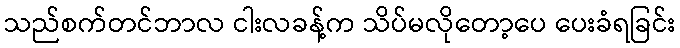
သည်စက်တင်ဘာလ ငါးလခန့်က သိပ်မလိုတော့ပေ ပေးခံရခြင်း